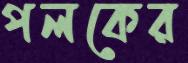
পলকের